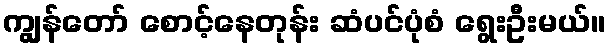
ကျွန်တော် စောင့်နေတုန်း ဆံပင်ပုံစံ ရွေးဦးမယ်။